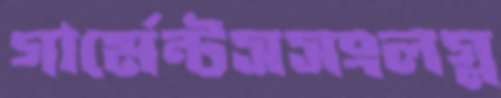
গার্মেন্টসসংলগ্ন